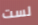
لست